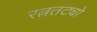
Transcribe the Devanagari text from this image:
रत्नतट्यो